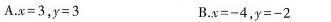
A.$$x = 3$$，$$y = 3$$ B.$$x = - 4$$，$$y = - 2$$